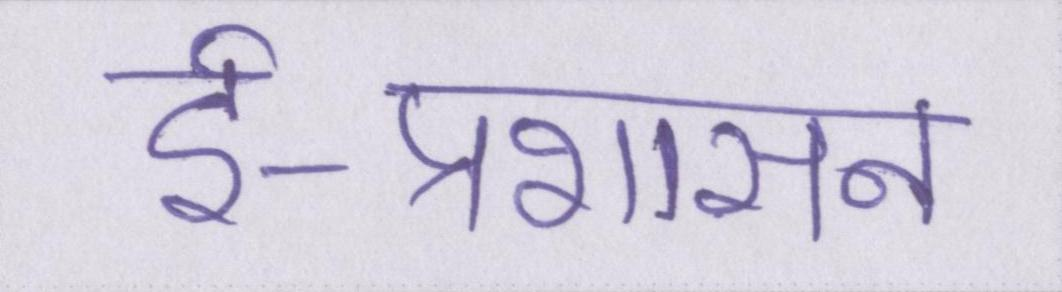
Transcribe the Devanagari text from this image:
ई-प्रशासन